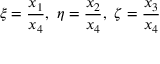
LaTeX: \xi = { \frac { x _ { 1 } } { x _ { 4 } } } , \ \eta = { \frac { x _ { 2 } } { x _ { 4 } } } , \ \zeta = { \frac { x _ { 3 } } { x _ { 4 } } }